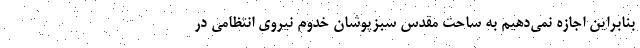
بنابراین اجازه نمی‌دهیم به ساحت مقدس سبزپوشان خدوم نیروی انتظامی در